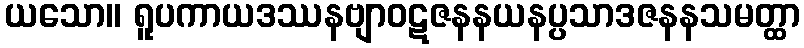
ယသော။ ရူပကာယဒဿနဗျာဝဋဇနနယနပ္ပသာဒဇနနသမတ္ထာ